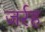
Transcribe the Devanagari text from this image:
जर्रह